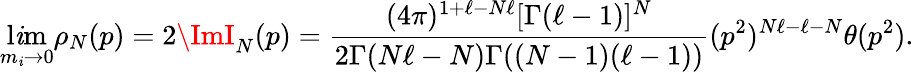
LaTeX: \operatorname*{l\mathit{i}m}_{m_{\mathit{i}}\rightarrow0}\rho_{N}(p)=2\ImI_{N}(p)=\frac{{(4\pi)^{1+\ell-N\ell}[\Gamma(\ell-1)]^{N}}}{{2\Gamma(N\ell-N)\Gamma((N-1)(\ell-1))}}(p^{2})^{N\ell-\ell-N}\theta(p^{2}).